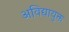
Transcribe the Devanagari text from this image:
अविद्यायुक्त